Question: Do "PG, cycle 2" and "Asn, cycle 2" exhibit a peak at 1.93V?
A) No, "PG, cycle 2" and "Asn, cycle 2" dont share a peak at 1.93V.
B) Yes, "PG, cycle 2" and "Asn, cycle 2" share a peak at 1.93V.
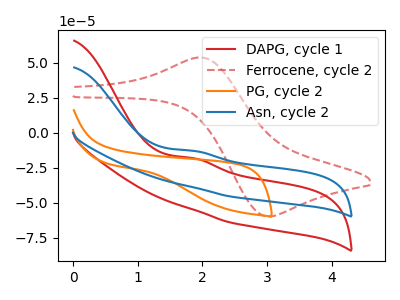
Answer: <think>The red curve "DAPG, cycle 1" has an anodic peak at: (1.85V, -18.20uA). The red dashed curve "Ferrocene, cycle 2" has an anodic peak at (2.00V, 53.80uA) and a cathodic peak at (3.00V, -59.80uA). The orange curve "PG, cycle 2" has no peaks. The blue curve "Asn, cycle 2" has an anodic peak at: (1.85V, -12.90uA).</think>
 <answer>A) No, "PG, cycle 2" and "Asn, cycle 2" dont share a peak at 1.93V.</answer>
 <eval>A</eval>